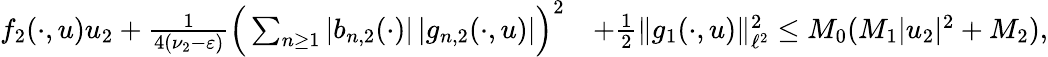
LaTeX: \begin{array}{rl}{{f}_{2}(\cdot,u)u_{2}+\frac{1}{4(\nu_{2}-\varepsilon)}\Big(\sum_{n\geq 1}|b_{n,2}(\cdot)|\, |g_{n,2}(\cdot,u)|\Big)^{2}}&{+\frac 12\| g_{1}(\cdot,u)\| _{\ell^{2}}^{2}\leq M_{0}(M_{1}|u_{2}|^{2}+M_{2}),}\end{array}